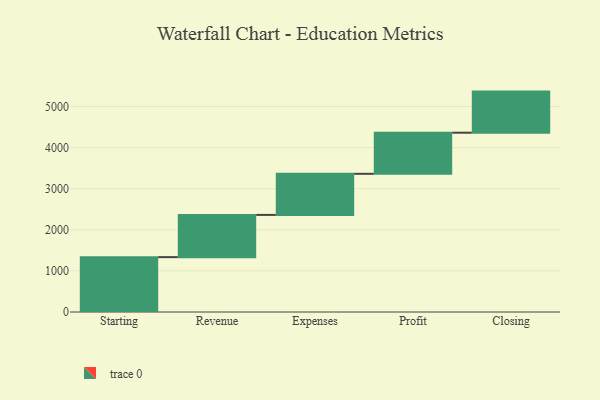
{"axis": {"x": "Step", "y": "Value"}, "legend": [""], "data": [{"x": "Starting", "y": 1335.0, "type": ""}, {"x": "Revenue", "y": 1027.0, "type": ""}, {"x": "Expenses", "y": 1000, "type": ""}, {"x": "Profit", "y": 1000, "type": ""}, {"x": "Closing", "y": 1000, "type": ""}]}